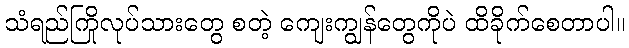
သံရည်ကြိုလုပ်သားတွေ စတဲ့ ကျေးကျွန်တွေကိုပဲ ထိခိုက်စေတာပါ။